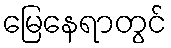
မြေနေရာတွင်